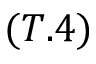
( T . 4 )